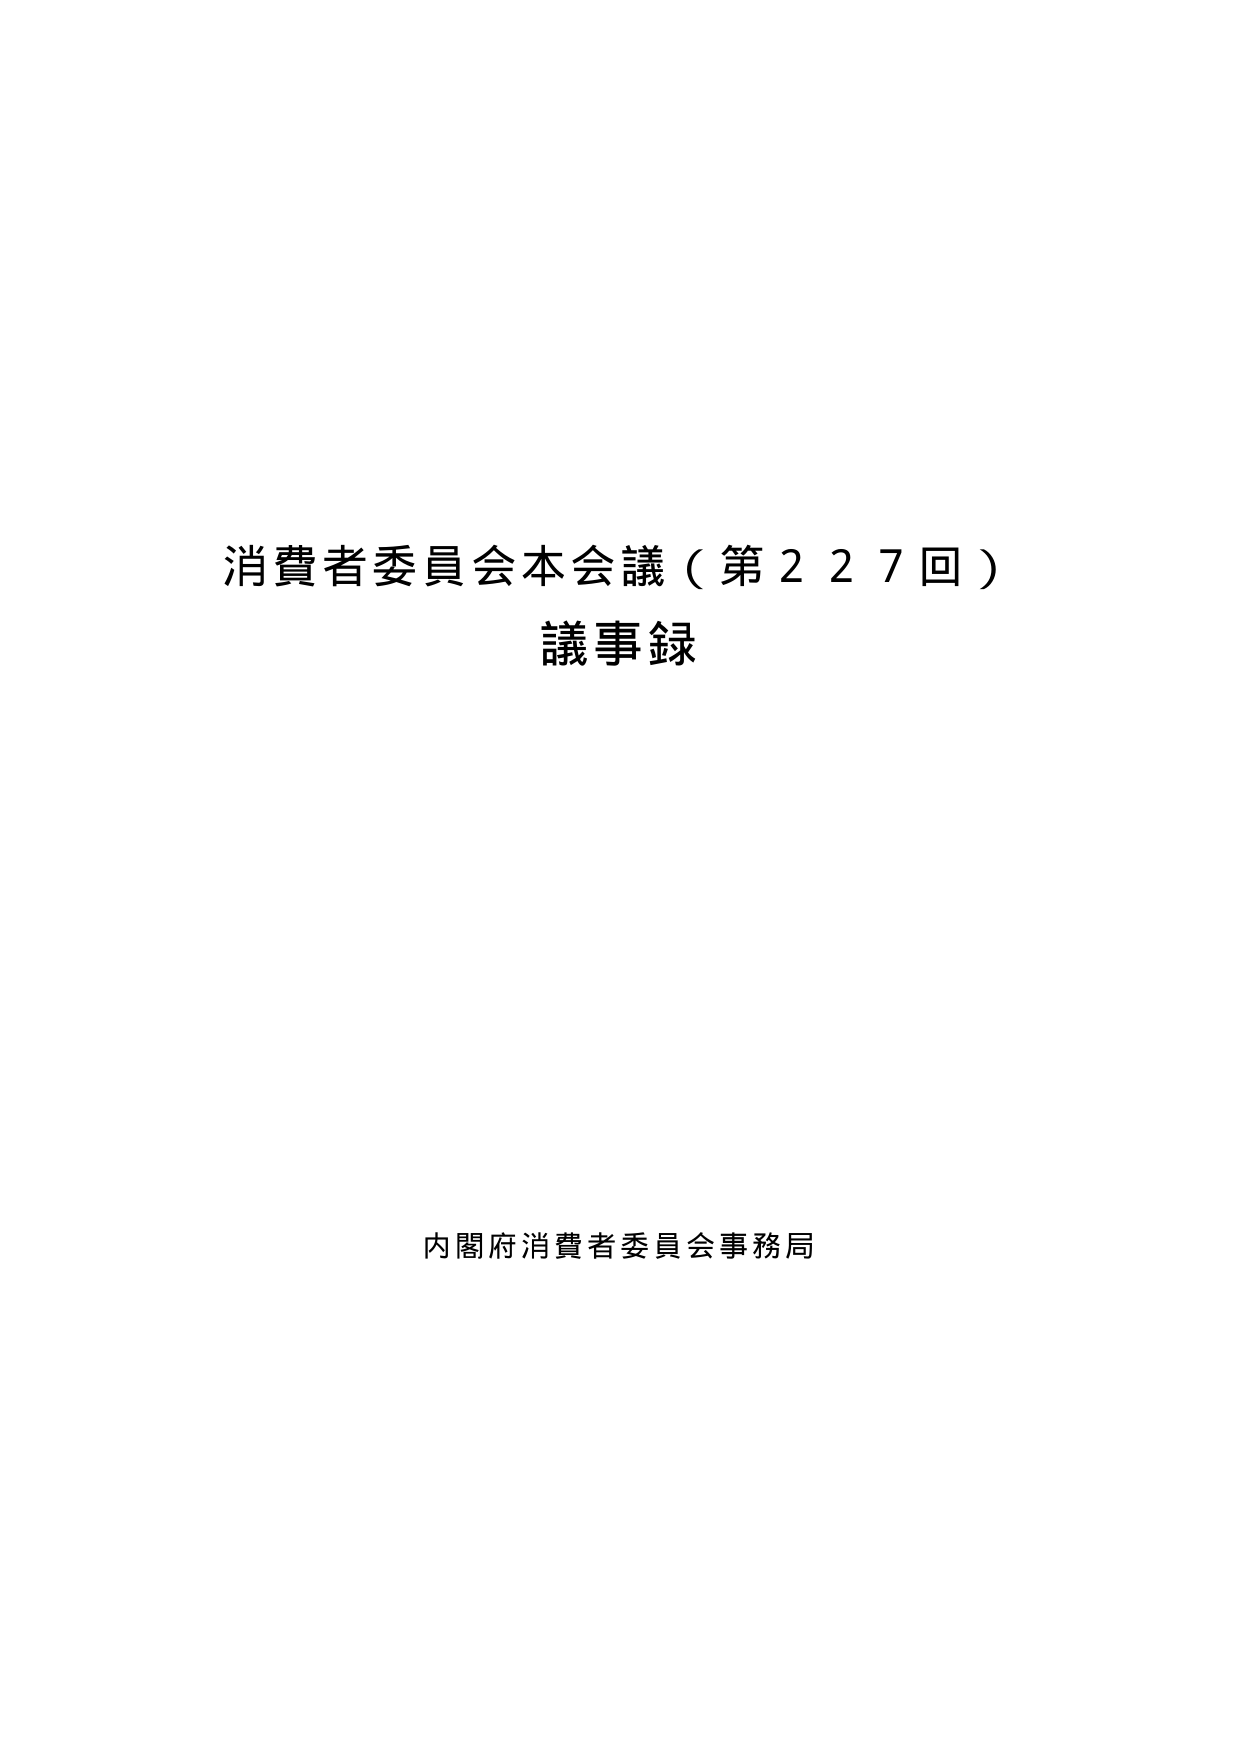
消費者委員会本会議（第227回）
議事録

内閣府消費者委員会事務局